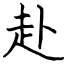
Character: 赴